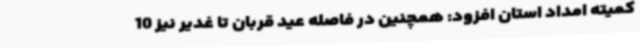
کمیته امداد استان افزود: همچنین در فاصله عید قربان تا غدیر نیز 10